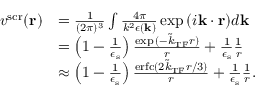
\begin{array} { r l } { v ^ { \mathrm { s c r } } ( \mathbf { r } ) } & { = \frac { 1 } { ( 2 \pi ) ^ { 3 } } \int \frac { 4 \pi } { k ^ { 2 } \epsilon ( \mathbf { k } ) } \exp { ( i \mathbf { k } \cdot \mathbf { r } ) } d \mathbf { k } } \\ & { = \left( 1 - \frac { 1 } { \epsilon _ { \mathrm { s } } } \right) \frac { \exp { ( - \tilde { k } _ { \mathrm { T F } } r ) } } { r } + \frac { 1 } { \epsilon _ { \mathrm { s } } } \frac { 1 } { r } } \\ & { \approx \left( 1 - \frac { 1 } { \epsilon _ { \mathrm { s } } } \right) \frac { \mathrm { e r f c } ( 2 \tilde { k } _ { \mathrm { T F } } r / 3 ) } { r } + \frac { 1 } { \epsilon _ { \mathrm { s } } } \frac { 1 } { r } . } \end{array}